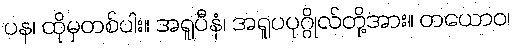
ပန၊ ထိုမှတစ်ပါး။ အရူပီနံ၊ အရူပပုဂ္ဂိုလ်တို့အား။ တယောဝ၊